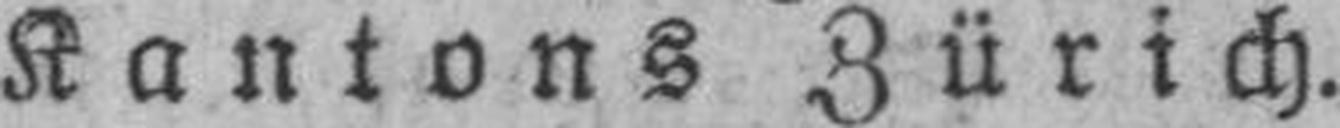
Kantons Zürich.